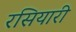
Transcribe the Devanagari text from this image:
रसियारी